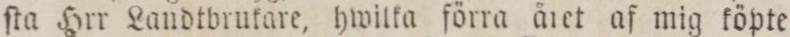
ſta Hrr Landtbrukare, hwilka förra året af mig köpte